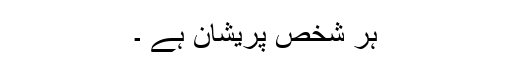
ہر شخص پریشان ہے ۔